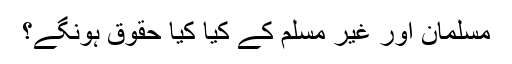
مسلمان اور غیر مسلم کے کیا کیا حقوق ہونگے؟